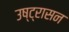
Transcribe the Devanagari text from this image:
उष्ट्रासन